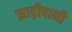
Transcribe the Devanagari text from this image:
झाड़ीपानी